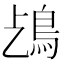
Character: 𩾤